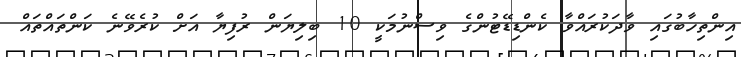
އިންތިހާބުގައި ވާދަކުރައްވާ ކެންޑިޑޭޓުންގެ ވިސްނުމަކީ 10 ބިލިޔަން ރުފިޔާ އަށް ކުރެވޭނެ ކަންތައްތައް